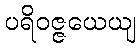
ပရိဝဇ္ဇယေယျ